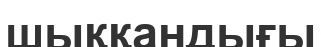
шыққандығы